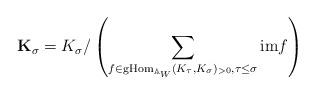
LaTeX: \begin{align*} \mathbf K_{\sigma} = K_{\sigma}/\left( \sum_{ f\in \mathrm{gHom}_{\mathbb{A}_W}(K_{\tau}, K_{\sigma})_{>0}, \tau \leq \sigma } \mathrm{im} f \right)\end{align*}